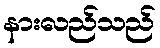
နားလည်သည်